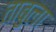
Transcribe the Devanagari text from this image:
ताबुला